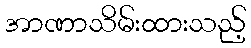
အာဏာသိမ်းထားသည့်